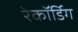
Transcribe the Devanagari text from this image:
रेकॉर्डिग